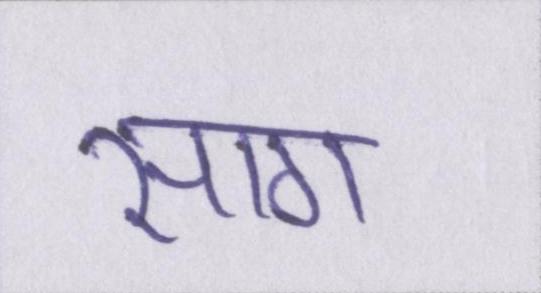
साग